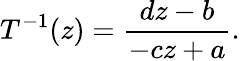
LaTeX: T^{-1}(z)=\frac{dz-b}{-cz+a}.